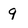
Character: 9